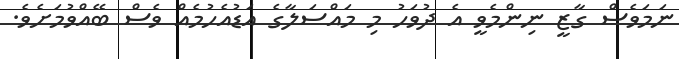
ނަމަވެސް ގާޒީ ނިންމެވީ އެ ދުވަހު މި މައްސަލާގެ އަޑުއެހުމެއް ވެސް ބޭއްވުމަށެވެ.